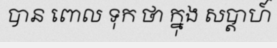
បាន ពោល ទុក ថា ក្នុង សប្តាហ៍